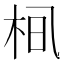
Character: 𪲂